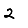
Digit: 2